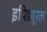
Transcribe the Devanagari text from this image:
इपिड्यूरल